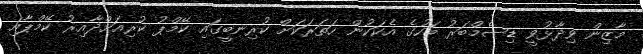
މާޒިން ވިދާޅުވީ ޑިސެމްބަރު މަހުގެ އެކަކުން ހަތަރަކަށް ކުރިނބީގައި ކޭމްޕު ކުރިއަށްދާއިރު ކޭމްޕާއި